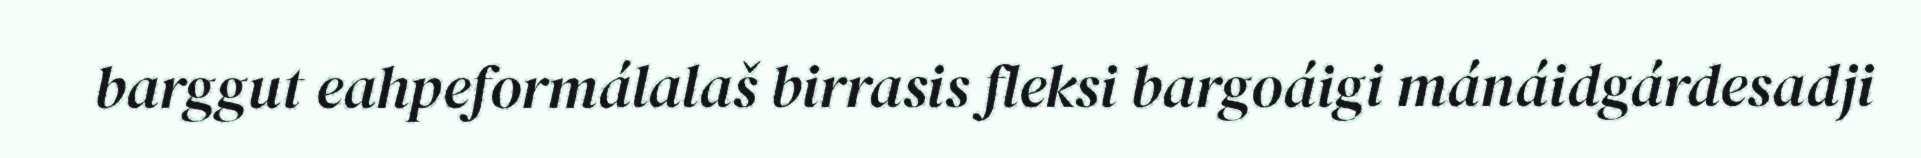
barggut eahpeformálalaš birrasis fleksi bargoáigi mánáidgárdesadji